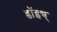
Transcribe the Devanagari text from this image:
डॉइच्